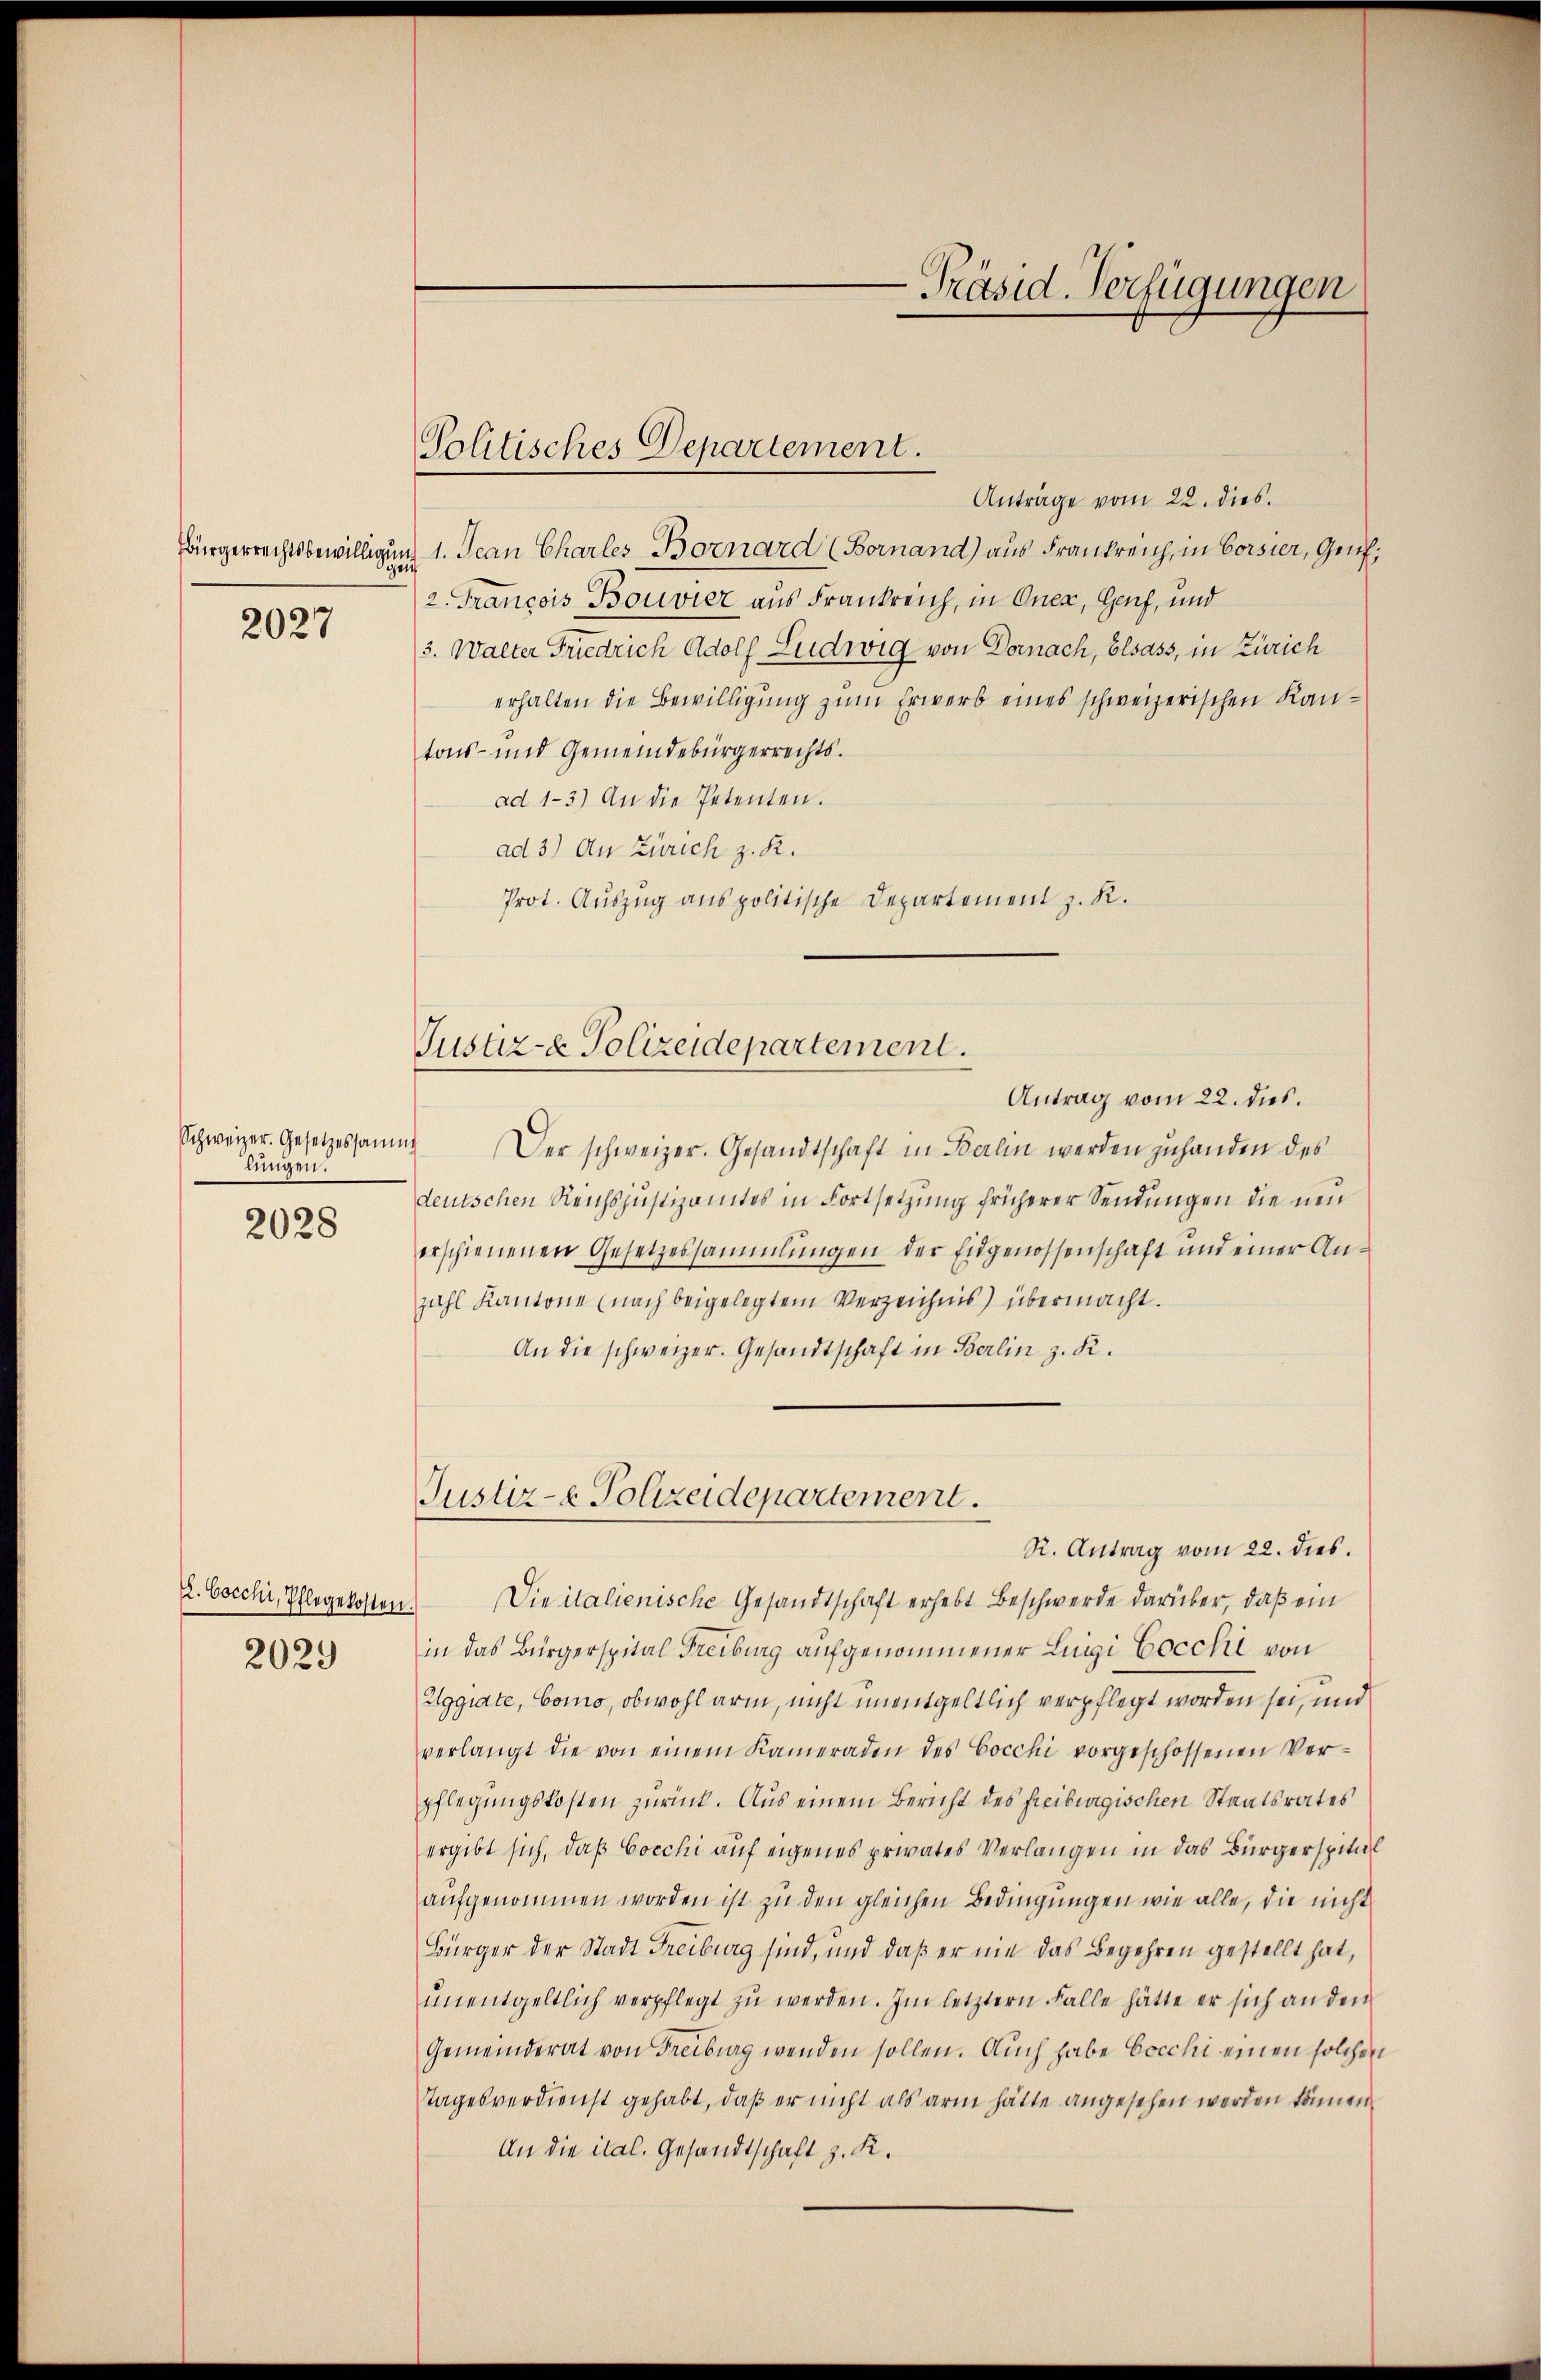
2027

Schweizer. Gesetzessamm
lungen.
2028

. bocchi, Pflegekosten.
2029

Politisches Departement.

Anträge vom 22. dies.
Bürgerrechtsbewilligung 1. Jean Charles Bornard (Bornand) aus Frankreich, in Corsier, Genf,
2. Francois Bouvier aus Frankreich, in Onex, Genf, und
3. Walter Friedrich Adolf Ludwig von Dornach, Elsass, in Zürich
erhalten die Bewilligung zum Erwerb eines schweizerischen Kantons- und Gemeindebürgerrechts.
ad 1-3) An die Petenten.
ad 3) An Zürich z. R.
Prot. Auszug aus politische Departement z. R.

Justiz- & Polizeidepartement.

Justiz- & Polizeidepartement.

-Präsid. Verfügungen

Antrag vom 22. dies.
1
Der schweizer. Gesandtschaft in Berlin werden zuhanden des
deutschen Reichsjustizamtes in Fortsetzung früherer Sendungen die neu
erschienenen Gesetzessammlungen der Eidgenossenschaft und einer Anzahl Kantone (nach beigelegtem Verzeichnis) übermacht.
An die schweizer. Gesandtschaft in Berlin z. R.
R. Antrag vom 22. dies.
Die italienische Gesandtschaft erhebt Beschwerde darüber, daß ein
in das Bürgerspital Freiburg aufgenommener Ligi Cocchi von
Aggiate, Como, obwohl arm, nicht unentgeltlich verpflegt worden sei, und
verlangt die von einem Kameraden des Cocchi vorgeschossenen Ver-
pflegungskosten zurück. Aus einem Bericht des freiburgischen Staatsrates
ergibt sich, daß Cocchi auf eigenes privates Verlangen in das Bürgerspital
aufgenommen worden ist zu den gleichen Bedingungen wie alle, die nicht
Bürger der Stadt Freiburg sind, und daß er nie das Begehren gestellt hat,
ŭnentgeltlich verpflegt zŭ werden. Im letztern Falle hätte er sich an den
Gemeinderat von Freiburg wenden sollen. Auch habe Cocchi einen solchen
Tages verdienst gehabt, daß er nicht als arm hätte angesehen werden können.
An die ital. Gesandtschaft z. R.